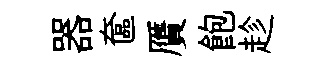
器奩贋飽趁